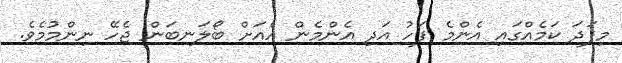
މިފަދަ ކަމެއްގައި އެންމެ ފަހު އަދި އެންމެން އެއަށް ބޯލަނބަން ޖެހޭ ނިންމުމެވެ.